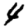
Digit: 4